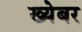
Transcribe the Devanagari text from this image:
ख्येबर